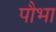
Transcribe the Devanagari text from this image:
पौभा